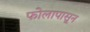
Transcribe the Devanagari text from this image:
फोलापासून